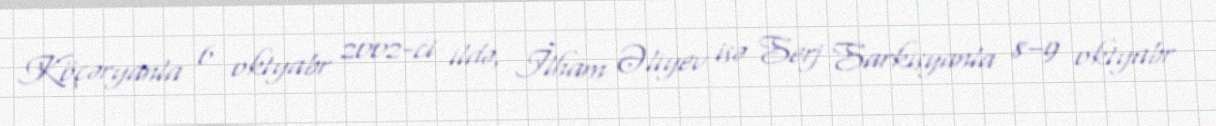
Köçəryanla 6 oktyabr 2002-ci ildə, İlham Əliyev isə Serj Sarkisyanla 8–9 oktyabr